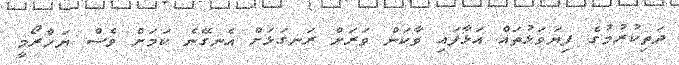
ދަތިކުރުމުގެ ފިޔަވަޅުތައް އަޅާފައި ވާކަން ވަރަށް ރަނގަޅަށް އެނގޭނެ ކަމަށް ވެސް ޔަހްރޯމީ